Report on malaria in the Punjab during the year ...  together with an account of the work of the Punjab Malaria Bureau - Volume 5
Disease focus: Malaria
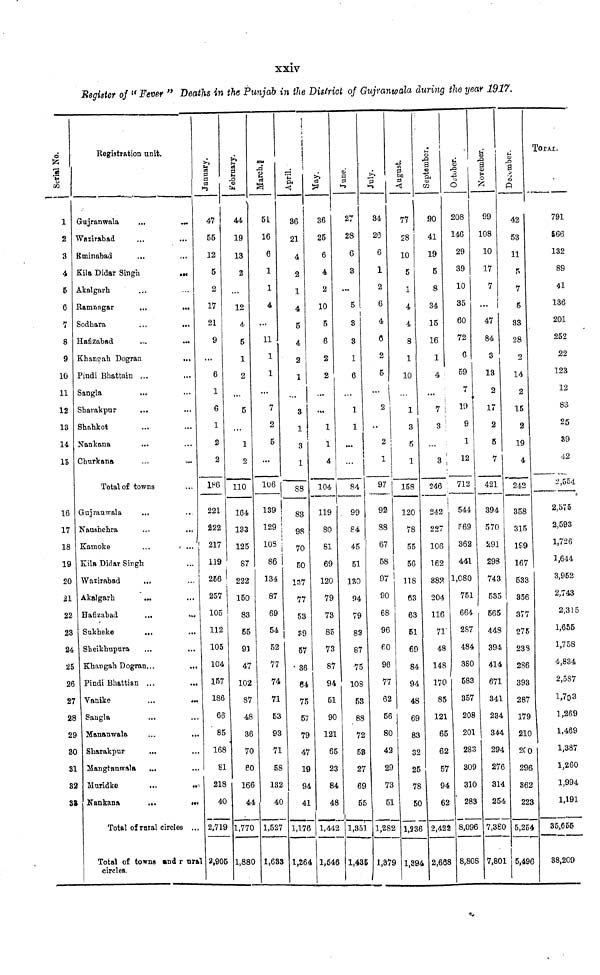
xxiv
Register of " Fever " Deaths in the Punjab in the District of Gujrantoala during the year 1917.
6
1
2
3
4
5
6
7
8
9
10
11
12
13
14
15
16
17
18
19
20
31
22
23
24
25
26
27
28
29
30
31
32
32
Registration unit.
Gujranwala
...
...
Wazirabad
Rminabad
...
Kila Didar Singh
...
Akalgah
Ramnagar
...
...
Sodhara
...
...
Hafizabad
...
...
Khangah Dogran
...
Pindi Bhattain ...
Sangla
Sharakpur
...
Shahkot
Nankana
...
Churkans
Total of towns
Nauhehra
...
...
Kamoke
...
...
Kila Didar Singh
Wazirabad
...
Akalgarh
...
Hafizabad
...
...
Snkheke
...
...
Sheikhupura
...
...
Khangah
Dogran...
...
Pindi Bhattian ...
...
Vanike
...
...
Sangla
Mananwala
...
...
Sharakpur
...
Mangtanwala
...
Muridke
...
...
Nankana
...
...
Total of rural circles ...
Total of towns and rural
circles.
January.
47
55
12
5
2
17
21
9
...
6
1
6
1
2
2
lee
221
222
217
119
286
257
105
112
105
104
157
186
66
85
168
81
218
40
2,719
2,905
February.
44
19
13
2
12
4
5
1
2
...
5
1
2
110
164
133
125
87
222
150
83
55
91
47
102
87
48
36
70
60
166
44
1,770
1,880
BO
51
16
6
1
1
4
...
11
1
1
...
7
2
5
...
106
139
129
108
86
134
87
69
54
52
77
74
71
53
93
71
58
132
40
1,527
1,633
April.
36
21
4
2
1
4
5
4
2
1
3
1
3
1
88
83
98
70
50
137
77
53
39
57
36
64
75
57
79
47
19
94
41
1,176
1,264
36
25
6
4
2
10
5
6
2
2
1
1
4
104
119
80
81
69
120
79
73
85
73
87
94
51
90
121
65
23
84
48
1,442
1,546
June.
27
28
6
3
...
5
1
3
3
1
6
1
1
84
99
84
45
51
130
94
79
89
87
75
108
53
88
72
53
27
69
55
1,351
1,435
July.
34
26
6
1
2
6
4
6
2
5
2
2
1
97
92
88
67
58
97
90
68
96
60
96
77
62
56
80
42
29
73
51
1,282
1,379
77
28
10
5
1
4
4
8
1
10
1
3
6
1
158
120
78
55
56
118
63
63
61
69
84
94
48
69
83
32
25
78
50
1,236
1,394
September.
90
41
19
5
8
34
15
16
1
4
...
7
3
3
246
242
227
106
162
382
204
116
71
48
148
170
85
121
65
62
57
94
62
2,422
2,668
208
146
29
39
10
35
60
72
6
59
7
19
9
1
12
712
544
569
362
441
1,080
751
664
287
484
380
583
357
208
201
283
309
310
283
8,096
8,808
November.
99
108
10
17
7
... |
47
84
3
13
2
17
2
5
7
421
394
570
291
298
743
535
565
448
394
414
671
341
234
344
294
276
314
254
7,380
7,801
42
53
11
5
7
5
33
28
2
14
2
15
2
19
4
242
358
315
199
167
533
356
377
275
233
286
393
287
179
210
2C0
296
362
223
5,254
5,496
TOTAL
791
866
132
89
41
136
201
252
22
123
12
83
25
39
42
2,554
2,575
2,593
1,726
1,644
3,952
2,743
2,315
1,655
1,758
4,834
2,587
1,703
1,269
1,469
1,387
1,260
1,994
1,191
35,655
38,209